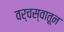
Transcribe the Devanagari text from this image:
वर्चस्वातून